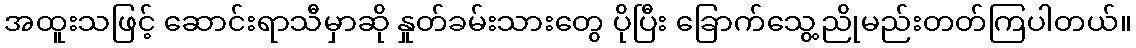
အထူးသဖြင့် ဆောင်းရာသီမှာဆို နှုတ်ခမ်းသားတွေ ပိုပြီး ခြောက်သွေ့ညိုမည်းတတ်ကြပါတယ်။